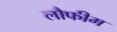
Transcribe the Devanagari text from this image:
लौफीम